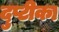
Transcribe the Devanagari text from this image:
दुप्टीका